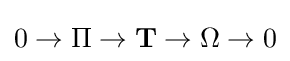
0\to \Pi \to \mathbf {T} \to \Omega \to 0